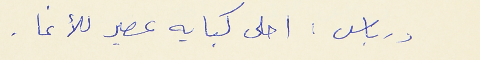
درباس : احلى كبايه عصير للأغا .